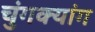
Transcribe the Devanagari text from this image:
चुंगक्यांग